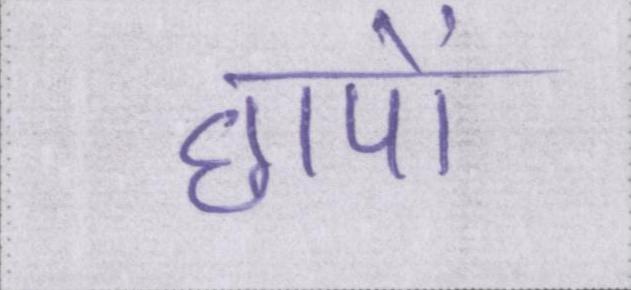
छापों